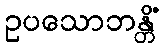
ဥပသောဘန္တိံ